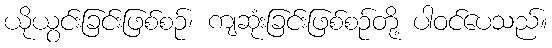
ယိုယွင်းခြင်းဖြစ်စဉ်၊ ကျဆုံးခြင်းဖြစ်စဉ်တို့ ပါဝင်ပေသည်။